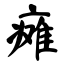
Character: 瘫